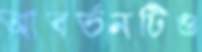
আবর্তনটিও